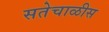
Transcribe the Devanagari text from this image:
सतेचाळीस